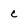
Character: c